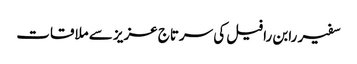
سفیر رابن رافیل کی سرتاج عزیز سے ملاقات